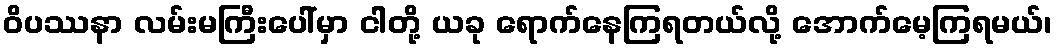
ဝိပဿနာ လမ်းမကြီးပေါ်မှာ ငါတို့ ယခု ရောက်နေကြရတယ်လို့ အောက်မေ့ကြရမယ်၊